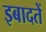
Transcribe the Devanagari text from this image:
इबादतें